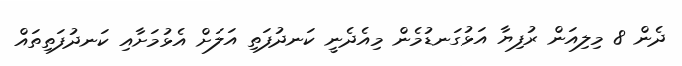
ދެން 8 މިލިއަން ރުފިޔާ އަޅުގަނޑުމެން މިއެދެނީ ކަނދުފަތި އަލަށް އެޅުމަށާއި ކަނދުފަތިތައް